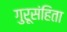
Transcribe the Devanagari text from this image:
गुरूसंहिता